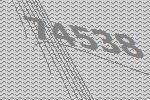
74538